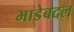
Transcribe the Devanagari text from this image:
भाडेबदल